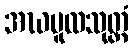
အဃမူလသုတ္တံ